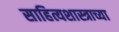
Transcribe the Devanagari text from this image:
साहित्यशास्त्राच्या